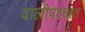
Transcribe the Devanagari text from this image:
वालीपश्चात